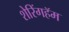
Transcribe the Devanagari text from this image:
शेरिंगहॅम